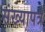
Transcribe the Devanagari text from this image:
संख्यापत्र